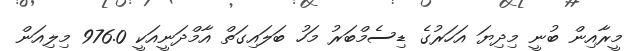
މީރާއިން ބުނީ މިދިޔަ އަހަރުގެ ޑިސެމްބަރު މަހު ބަލައިގަތް އާމްދަނީއަކީ 976.0 މިލިއަން